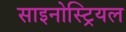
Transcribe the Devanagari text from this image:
साइनोस्ट्रियल